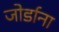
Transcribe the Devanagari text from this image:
जोर्डाना